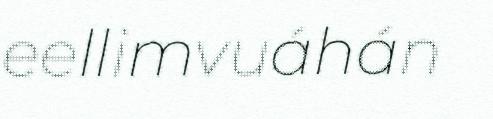
eellimvuáhán